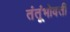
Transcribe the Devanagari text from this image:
तंतूंभोवती